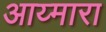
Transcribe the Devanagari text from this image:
आय्मारा